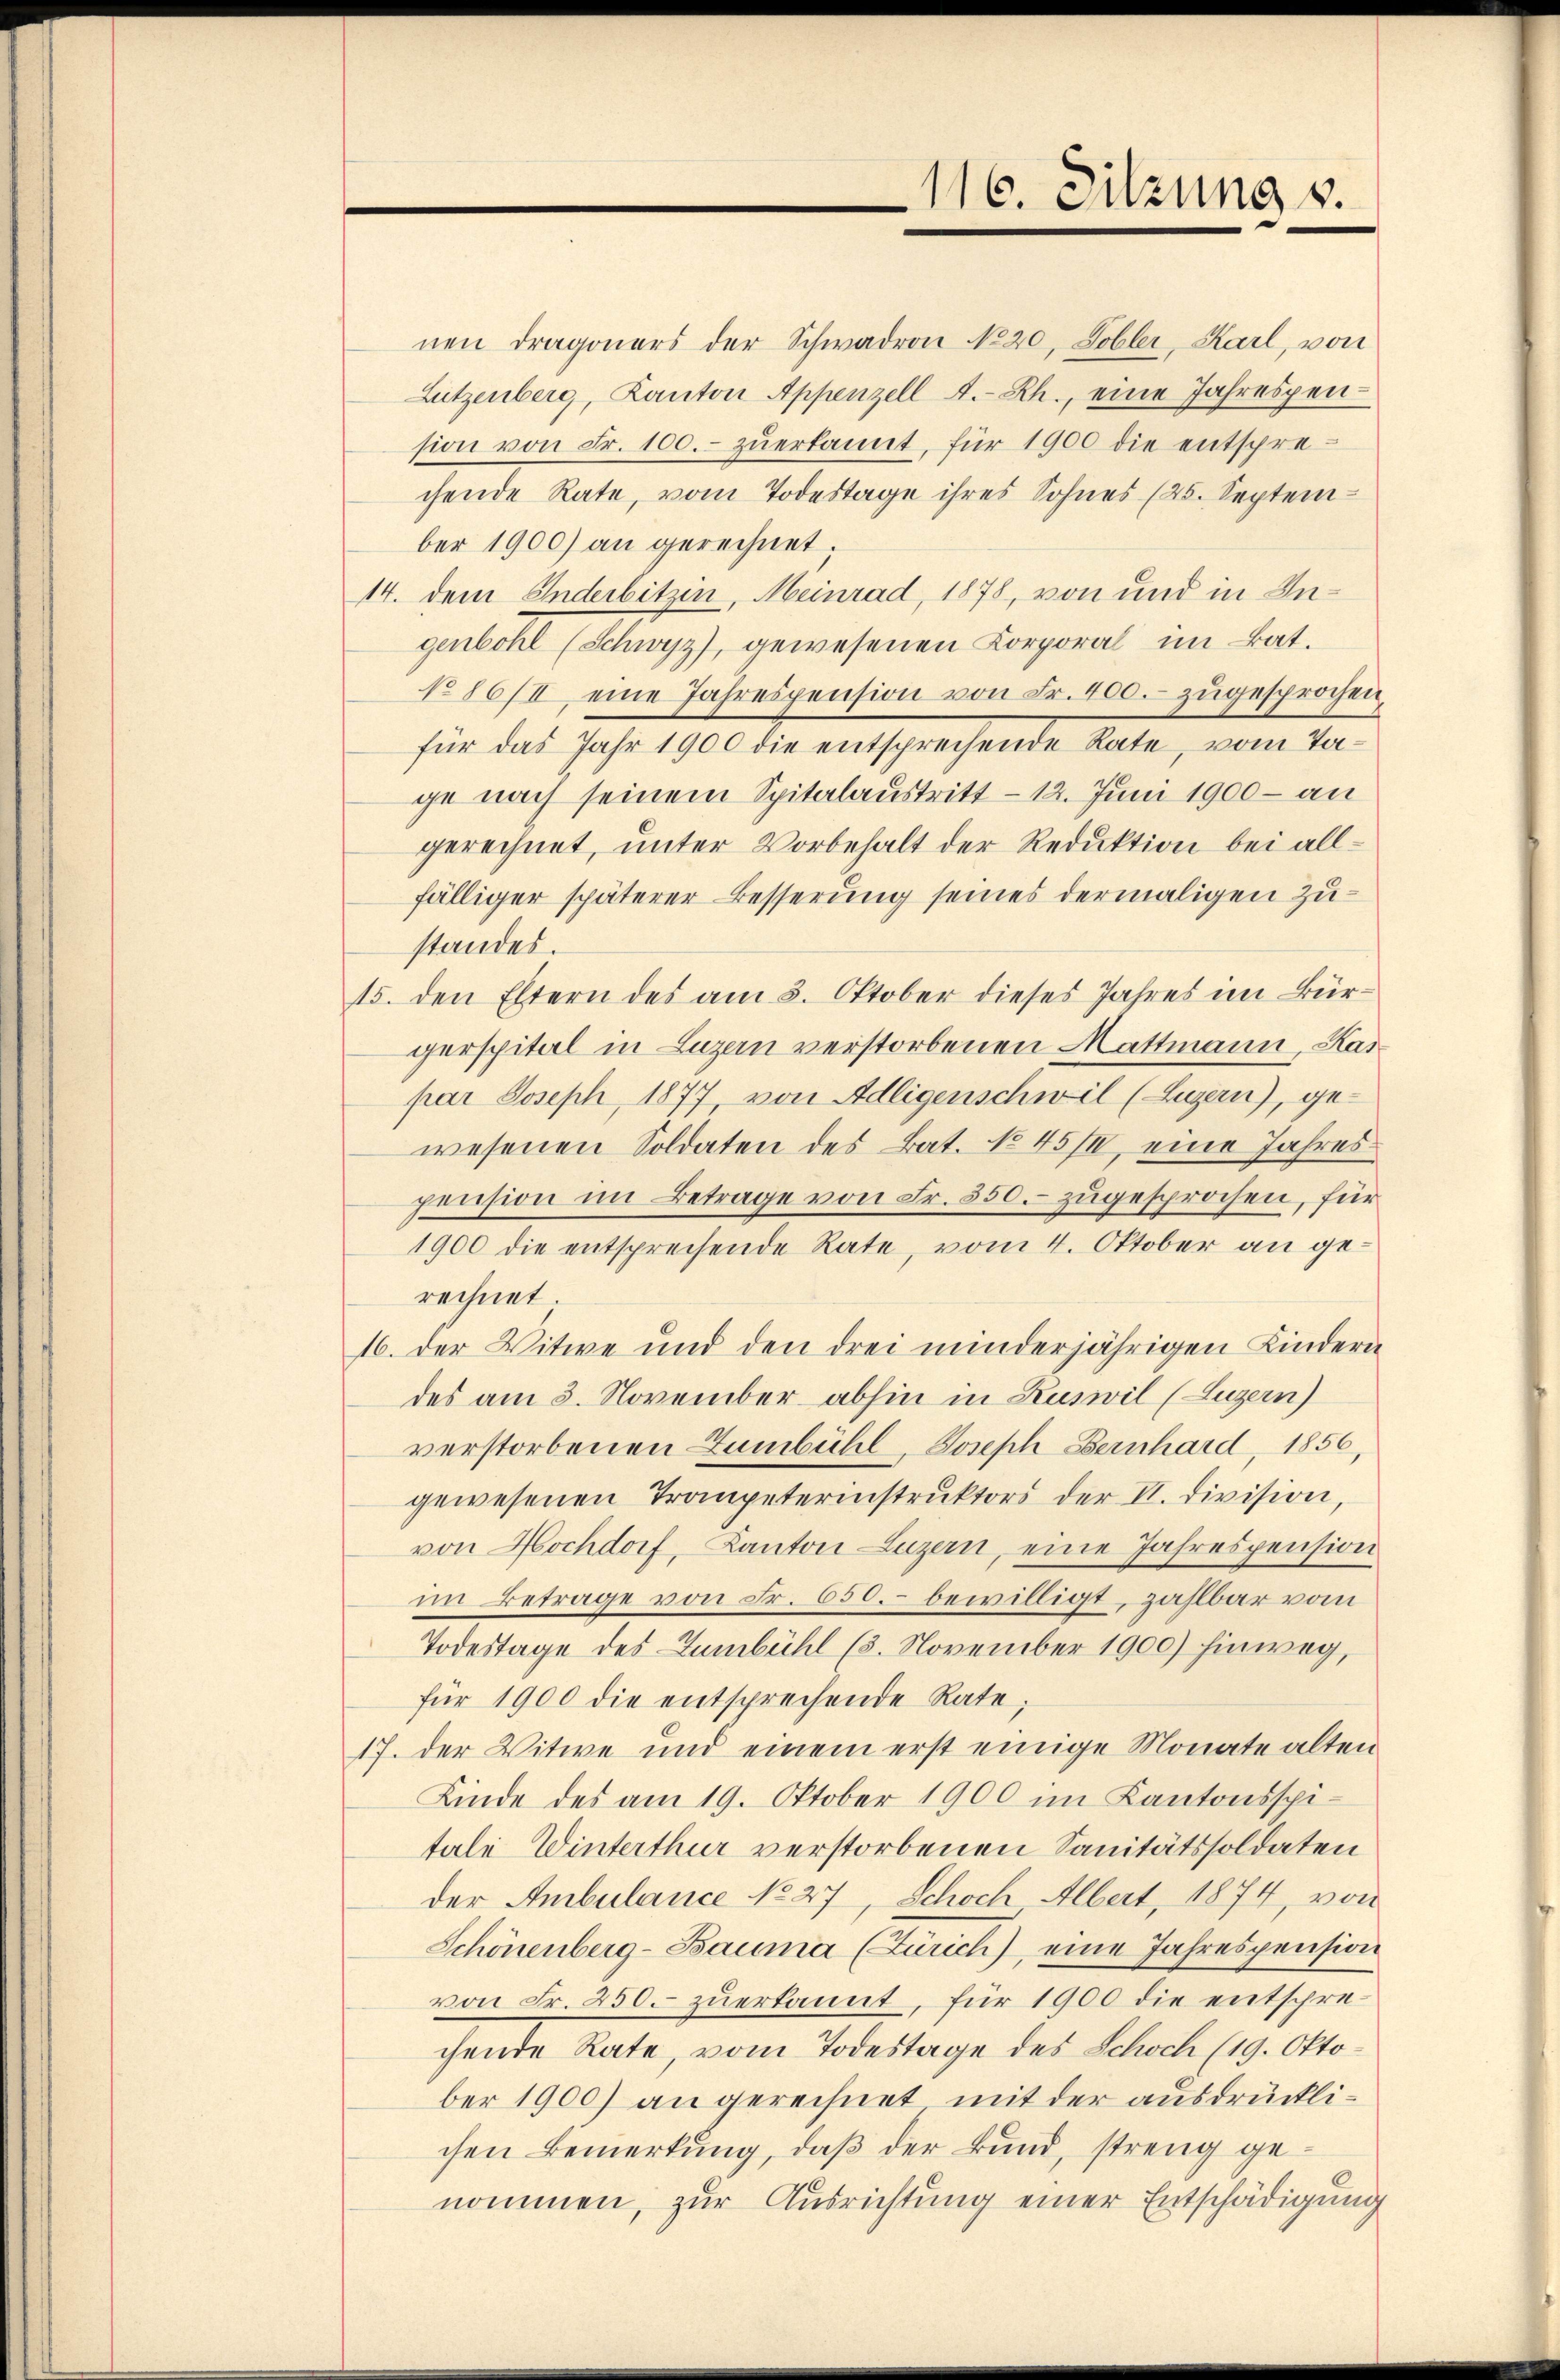
nen Dragoners der Schwadron No 20. Tobler, Karl, von
Lutzenberg, Kanton Appenzell A.-Rh., eine Jahrespension von Fr. 100.- zŭerkannt, für 1900 die entsprechende Rate, vom Todestage ihres Sohnes (25. Septem
ber 1900) an gerechnet;
14. dem Inderbitzin Meinrad, 1878, von und in Ingenbohl (Schwyz), gewesenen Korporal im Bat.
No 86/I eine Jahrespension von Fr. 400. zugesprochen
für das Jahr 1900 die entsprechende Rate, vom Tage nach seinem Spitalaustritt – 12. Juni 1900 - an
gerechnet, unter Vorbehalt der Reduktion bei allfälliger späterer Besserung seines dermaligen Zustandes.
15. den Eltern des am 3. Oktober dieses Jahres im Bürperspital in Luzern verstorbenen Mattmann, Kaspar Joseph, 1877, von Adligenschwil (Luzern), gewesenen Soldaten des Bat. No 451, eine Jahrespension im Betrage von Fr. 550. zugesprochen, für
1900 die entsprechende Rate, vom 4. Oktober an gerechnet.
16. der Witwe und den drei minderjährigen Kindern
des am 3. November abhin in Kuswil (Luzern)
verstorbenen Zumbühl, Joseph Bernhard, 1856,
gewesenen Trompeterinstruktors der II. Division,
von Hochdorf, Kanton Luzern, eine Jahrespension
im Betrage von Fr. 650.- bewilligt, zahlbar vom
Todestage des Zumbühl (3. November 1900) hinweg,
für 1900 die entsprechende Rate;
17. der Witwe und einem erst einige Monate alten
Kinde des am 19. Oktober 1900 im Kantonsspitale Winterthur verstorbenen Sanitätssoldaten
der Ambulance No 27, Schoch Albert, 1874, von
Schönenberg-Bauma (Zürich), eine Jahrespension
von Fr. 250. zuerkannt, für 1900 die entsprechende Rate, vom Todestage des Schoch (19. Oktober 1900) an gerechnet mit der ausdrücklichen Bemerkung, daß der Bund, streng genommen, zur Ausrichtung einer Entschädigung

116. Sitzung v.